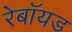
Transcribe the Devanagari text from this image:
रेबॉयड